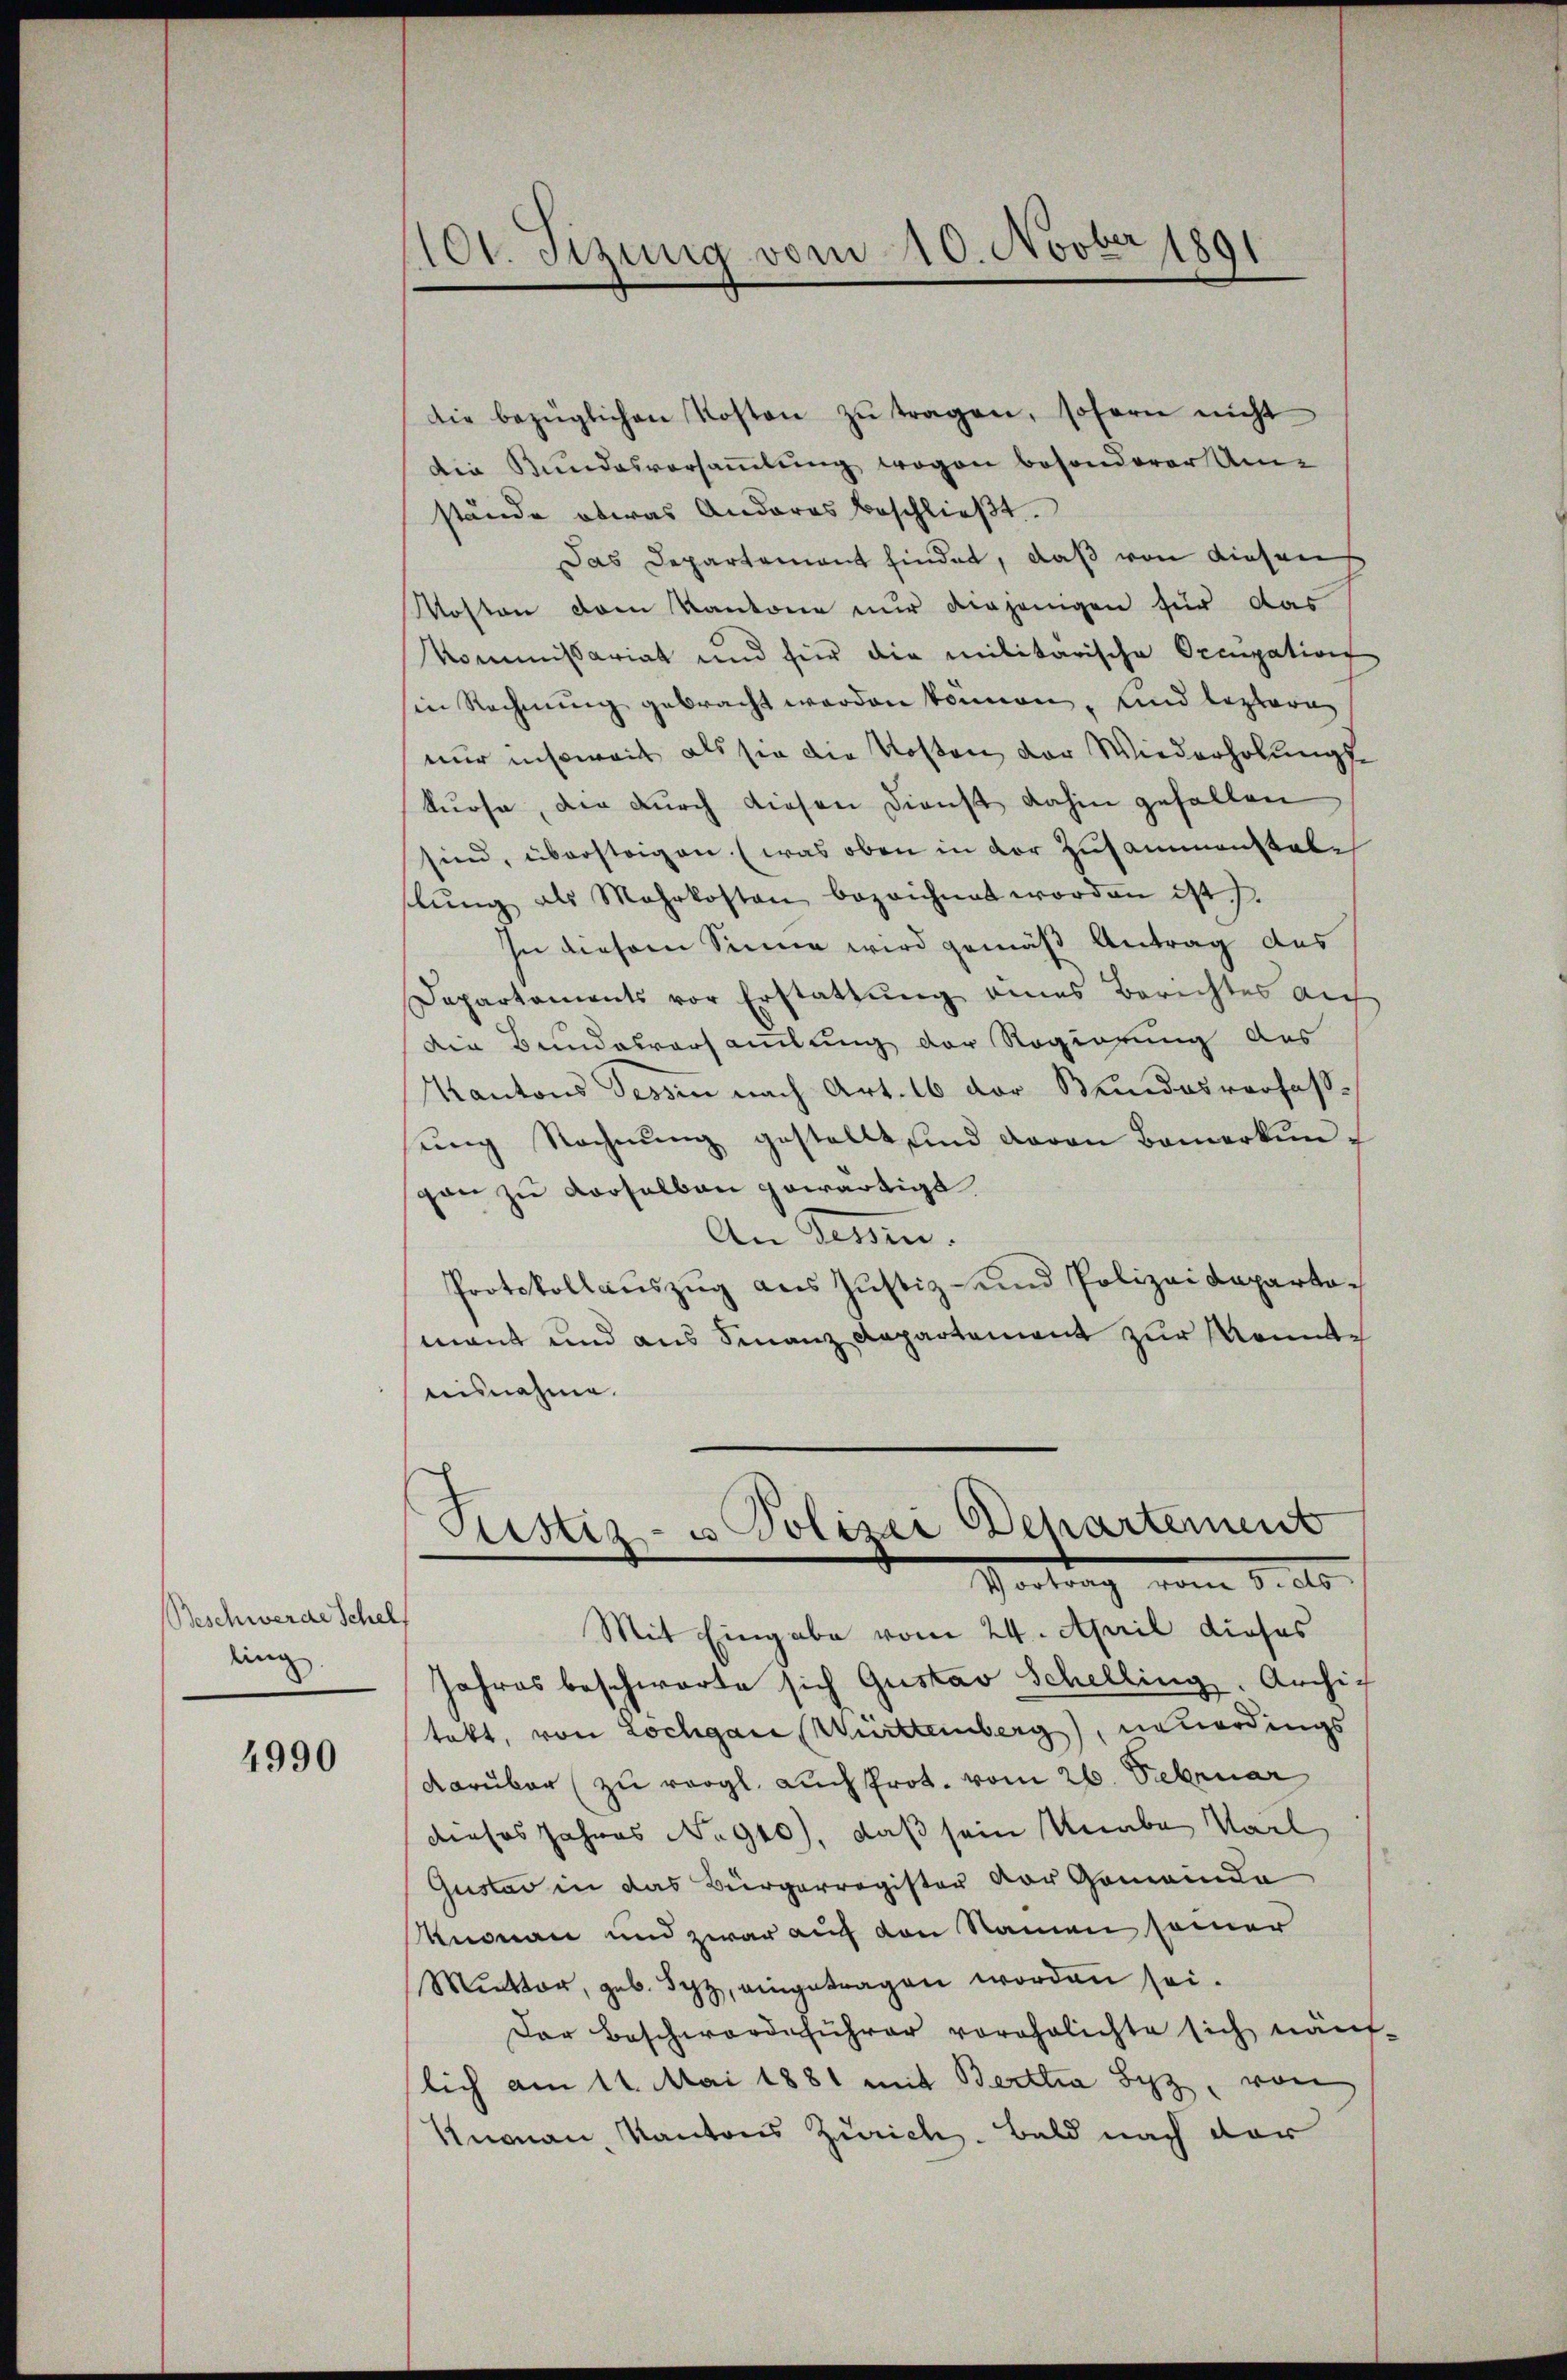
Beschwerde Schel
ling

4990

101. Jizung vom 10. Novber 1891

die bezüglichen Kosten zŭ tragen, sofern nicht
Die Bundesvorsammlung wogen besonderer Um-
stände etwas Anderes beschließt:
Das Departement findet, daß von diesen
Mosten dem Kantone nur diejenigen für das
Kommissariat und für die militärische Occupation
sin Rechnung gebracht worden können, und leztere
nur insoweit als sie die Kosten der Wiederholungs-
kurse, die durch diesen Dienst dahin gefallen
sind, übersteigen (was oben in der Zusammenstale
lŭng als Mehrkosten bezeichnet worden ist.)
In diesem Sinne wird gemäß Antrag des
Departaments vor Erstattung eines Berichtes auf
die Bundesversamlung der Regierung des
Kantons Tessin nach Art. 16 der Stundesverfasŭng Rechnŭng gestellt sind davon Bemerkungan zu verselben gewärtigt
An Tenden.
Protokollaŭszŭg ans Justiz- und Polizeidepartomant und aus Finanz Dapartement zur konnte
aisnahme.
Pustiz- u Polizei Departement
Vortrag vom 3. ds.
Mit Eingabe vom 24. April dieses
Jahres beschwarte sich Gustav Schelling. Archig
takt, von Lochgane Württeinberg), neuerdings
darüber (zu vergl. Luchprot. vom 26. Februar
dieses Jahres No 90), daß sein Knabe Verl
Gustad in das Bürgerregister der Gemeinda
Knonau und zwar auch den Namen seiner
Muetter, geb. Syz, eingetragen worden sei.
Der Beschwerdeführer vorehelichte sich näm-
lich am 11. Mai 1881 mit Berttia Lyz, von
Knonau, Kantons Zürich. Bald nach der